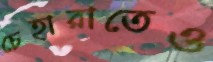
চেহারাতেও